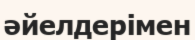
әйелдерімен